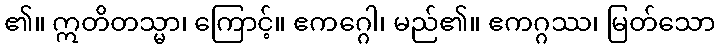
၏။ ဣတိတသ္မာ၊ ကြောင့်။ ဧကဂ္ဂေါ၊ မည်၏။ ဧကဂ္ဂဿ၊ မြတ်သော